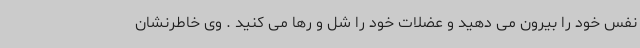
نفس خود را بیرون می دهید و عضلات خود را شل و رها می کنید . وی خاطرنشان